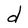
Character: d